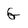
Character: G